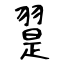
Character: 翨